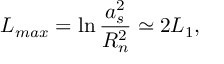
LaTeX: L _ { m a x } = \ln \frac { a _ { s } ^ { 2 } } { R _ { n } ^ { 2 } } \simeq 2 L _ { 1 } ,